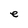
Character: e